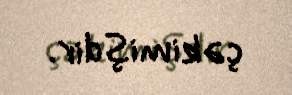
çəkimişdir.